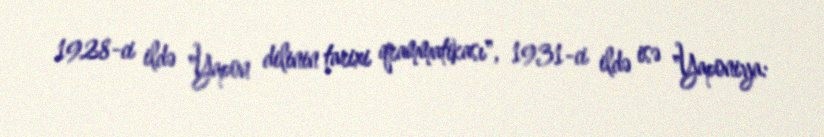
1928-ci ildə "Yapon dilinin tarixi qrammatikası", 1931-ci ildə isə "Yaponiya: